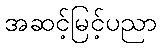
အဆင့်မြင့်ပညာ